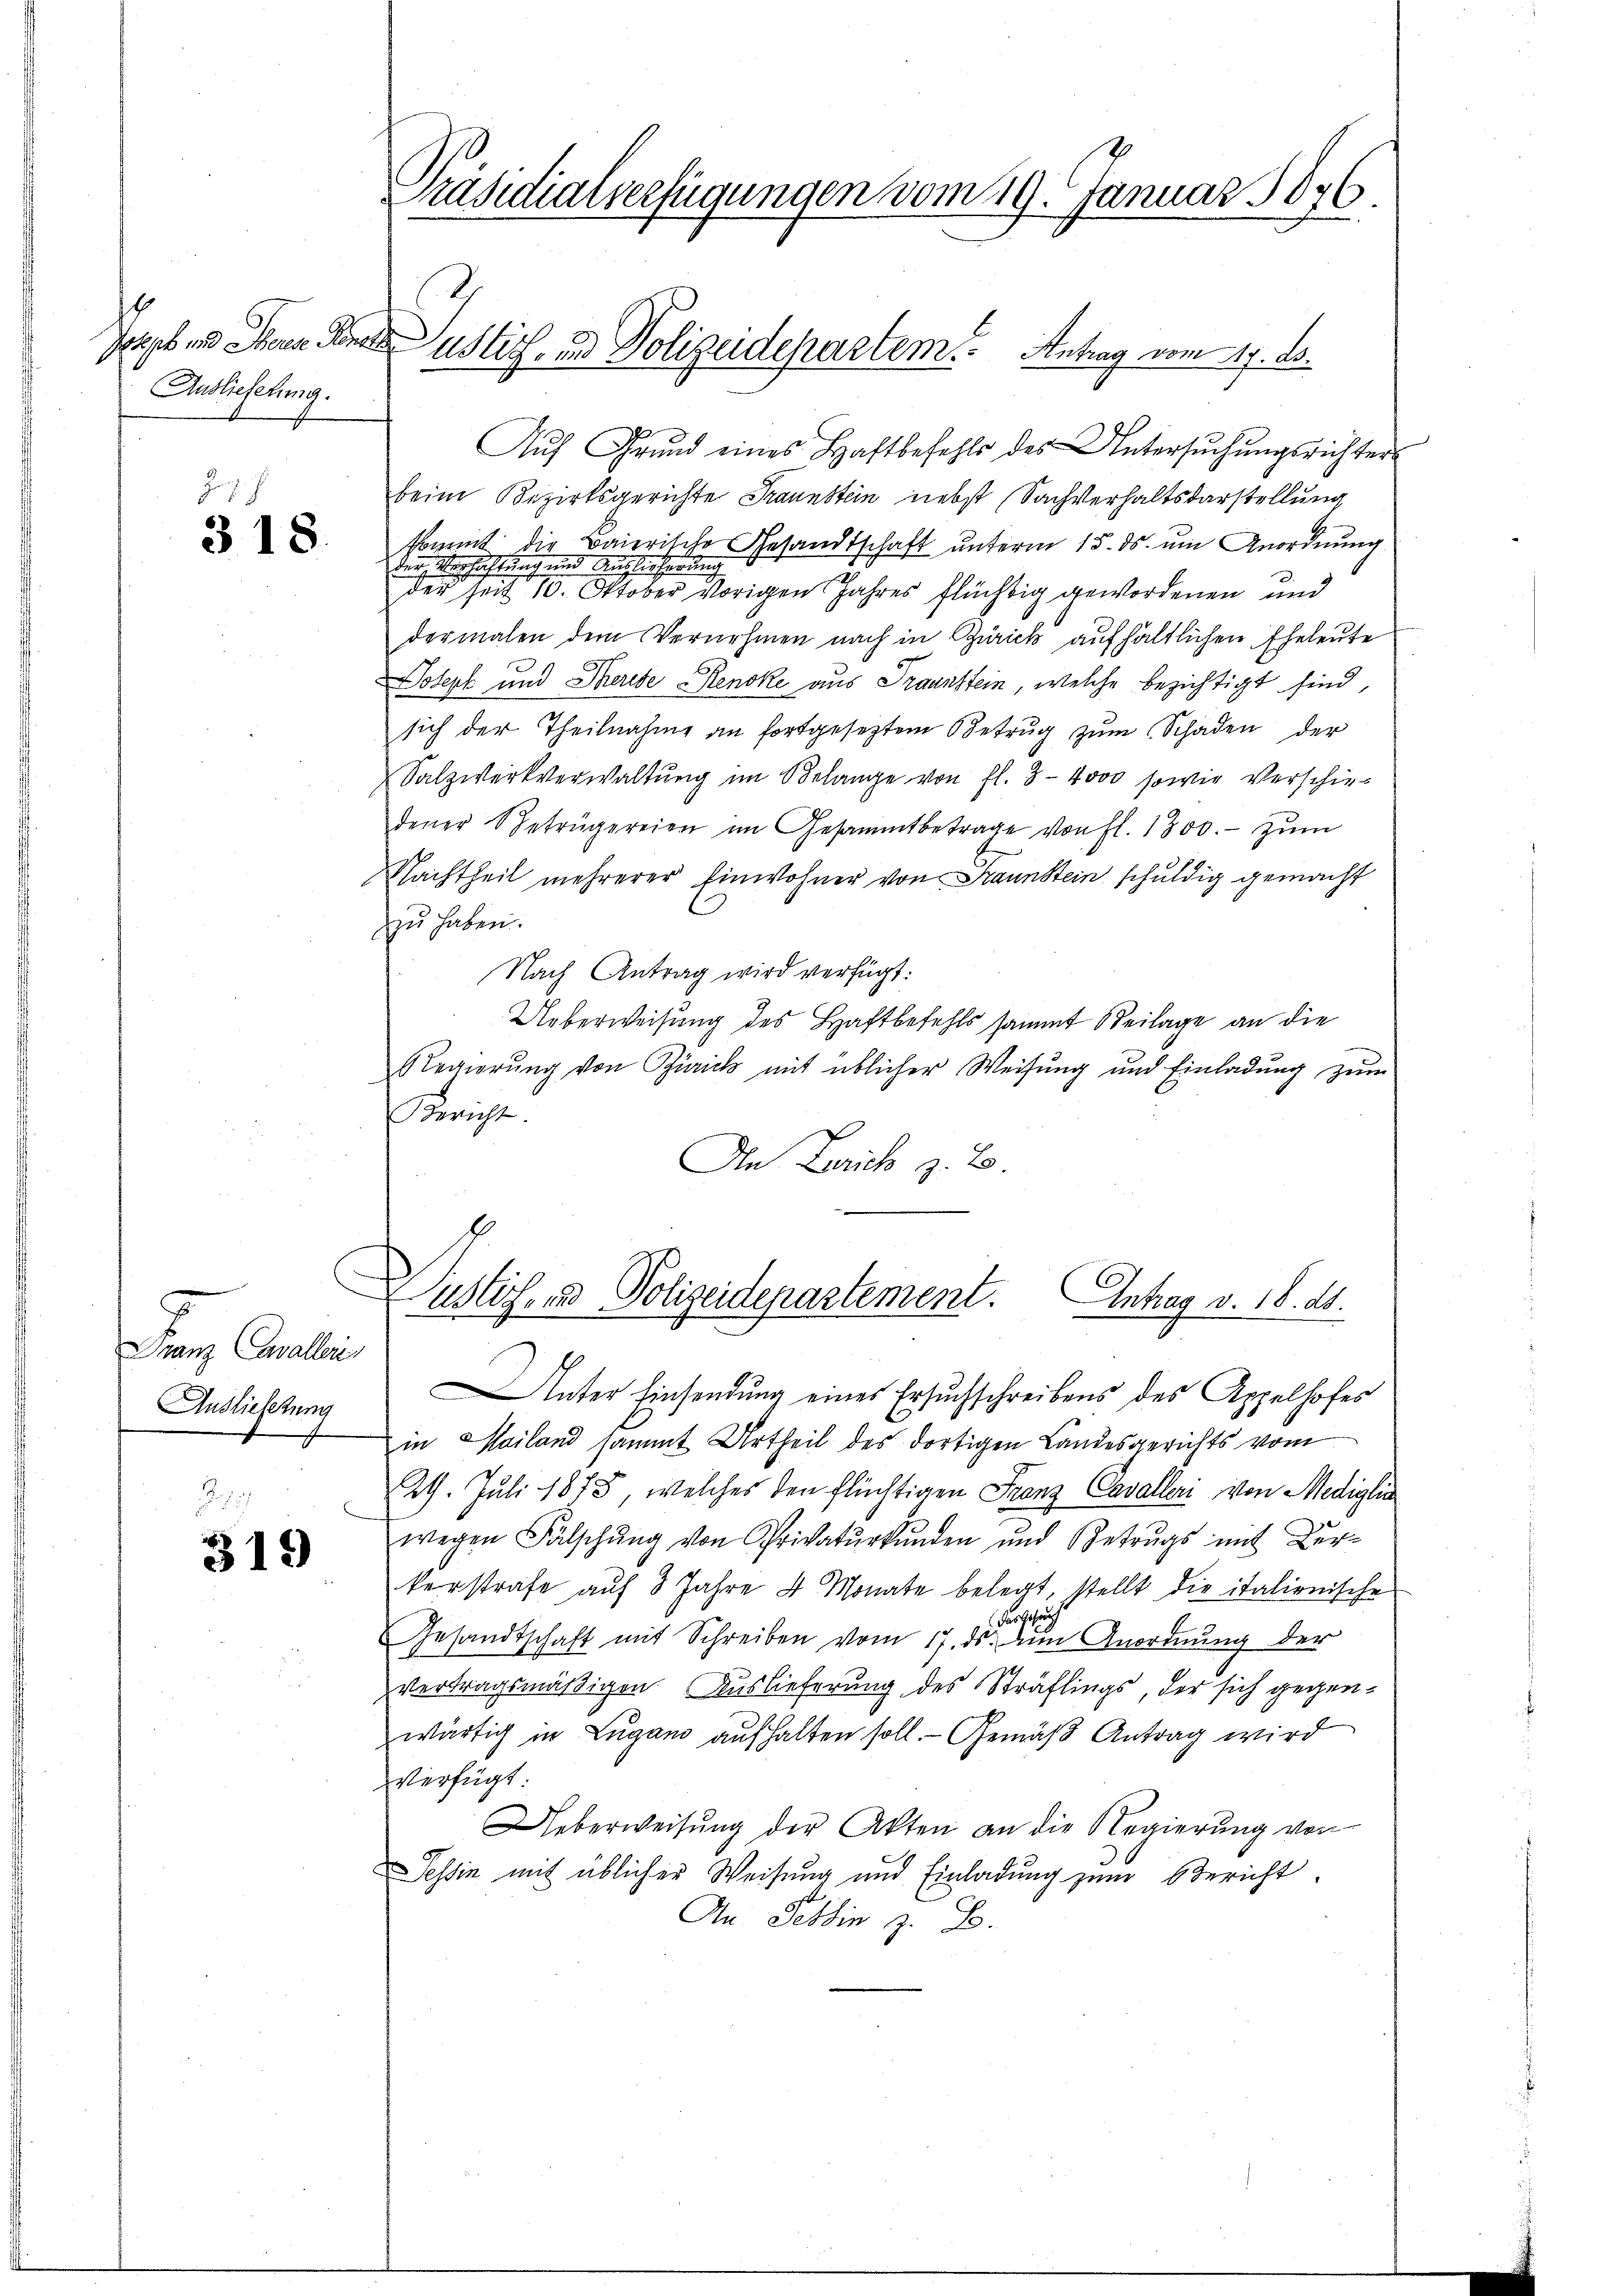
Ausliefelung.

318.

Franz Collei
Auslieferung

319

Präsidialverfügungen vom 19. Januar 1836.
Jorps und Stern Gener Justiz- und Polizeidepartem Antrag vom 17. ds.

Aŭf Grund eines Haftbefehls des Untersŭchŭngsrichter
beim Bezirksgerichte Fraunstein nebst Sachverhaltsdarstellung
kommt die Baierische Gesandtschaft unterm 15. ds. um Anordnung
den Versichtung und Auslicherung
der Zeit 10. Oktober vorigen Jahres flüchtig gewordenen und
dermalen dem Vernehmen nach in Zürich aufhältlichen Eheleute
Joseph und Therede Rencke aus Traunstein, welche bezichtigt sind,
sich der Theilnahme an fortgeseztem Betrug zum Schaden der
Salzwerkverwaltung im Belange von fl. 3 - 4000 sowie Verschiedener betrügereien im Gesammtbetrage von fl. 1300.- zŭm
Nachtheil mehrerer Einwohner von Fraunstein schuldig gemacht
zu haben.
Nach Antrag wird verfügt:
Ueberweisung des Haftbefehls sammt Beilage an die
Regierung von Zürich mit üblicher Weisung und Einladung zum
Bericht.
In Zürich z. B.
Dustiz- und Polizeidepartement. Antrag v. 18. ds.
Unter Einsendung eines Ersuchschreibens des Appelhofes
in Mailand sammt Urtheil des dortigen Landesgerichts vom
29. Juli 1873, welches den flüchtigen Franz Cavalleri von Mediglia
wegen Fälschŭng von Privatŭrkŭnden und Betrugs mit Ber-
kerstrafe aŭf 3 Jahre 4 Monate belegt, stellt die italionische
rcier
Gesandtschaft mit Schreiben vom 17. ds. den Anordnung der
vertragsmäßigen Auslieferung des Sträflings, der sich gegenwärtig in Lugano aufhalten soll. - Gemäß Antrag wird
verfügt:
Ueberweisŭng der Akten an die Regierŭng von
essin mit üblicher Weisung und Einladung zum Bericht
An Fettin z. B.